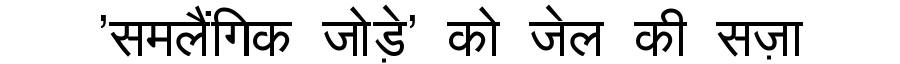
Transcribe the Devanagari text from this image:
'समलैंगिक जोड़े' को जेल की सज़ा